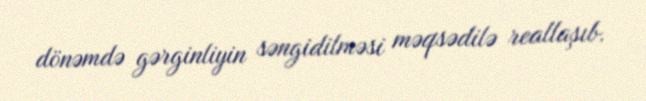
dönəmdə gərginliyin səngidilməsi məqsədilə reallaşıb.